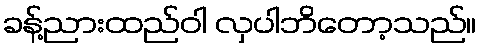
ခန့်ညားထည်ဝါ လှပါဘိတော့သည်။